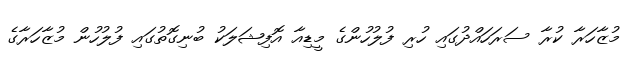
މުޒާހަރާ ކުރާ ސަރަހައްދުގައި ހުރި ފުލުހުންގެ މީޑިއާ އޮފިޝަލަކު ބުނިގޮތުގައި ފުލުހުން މުޒާހަރާގެ